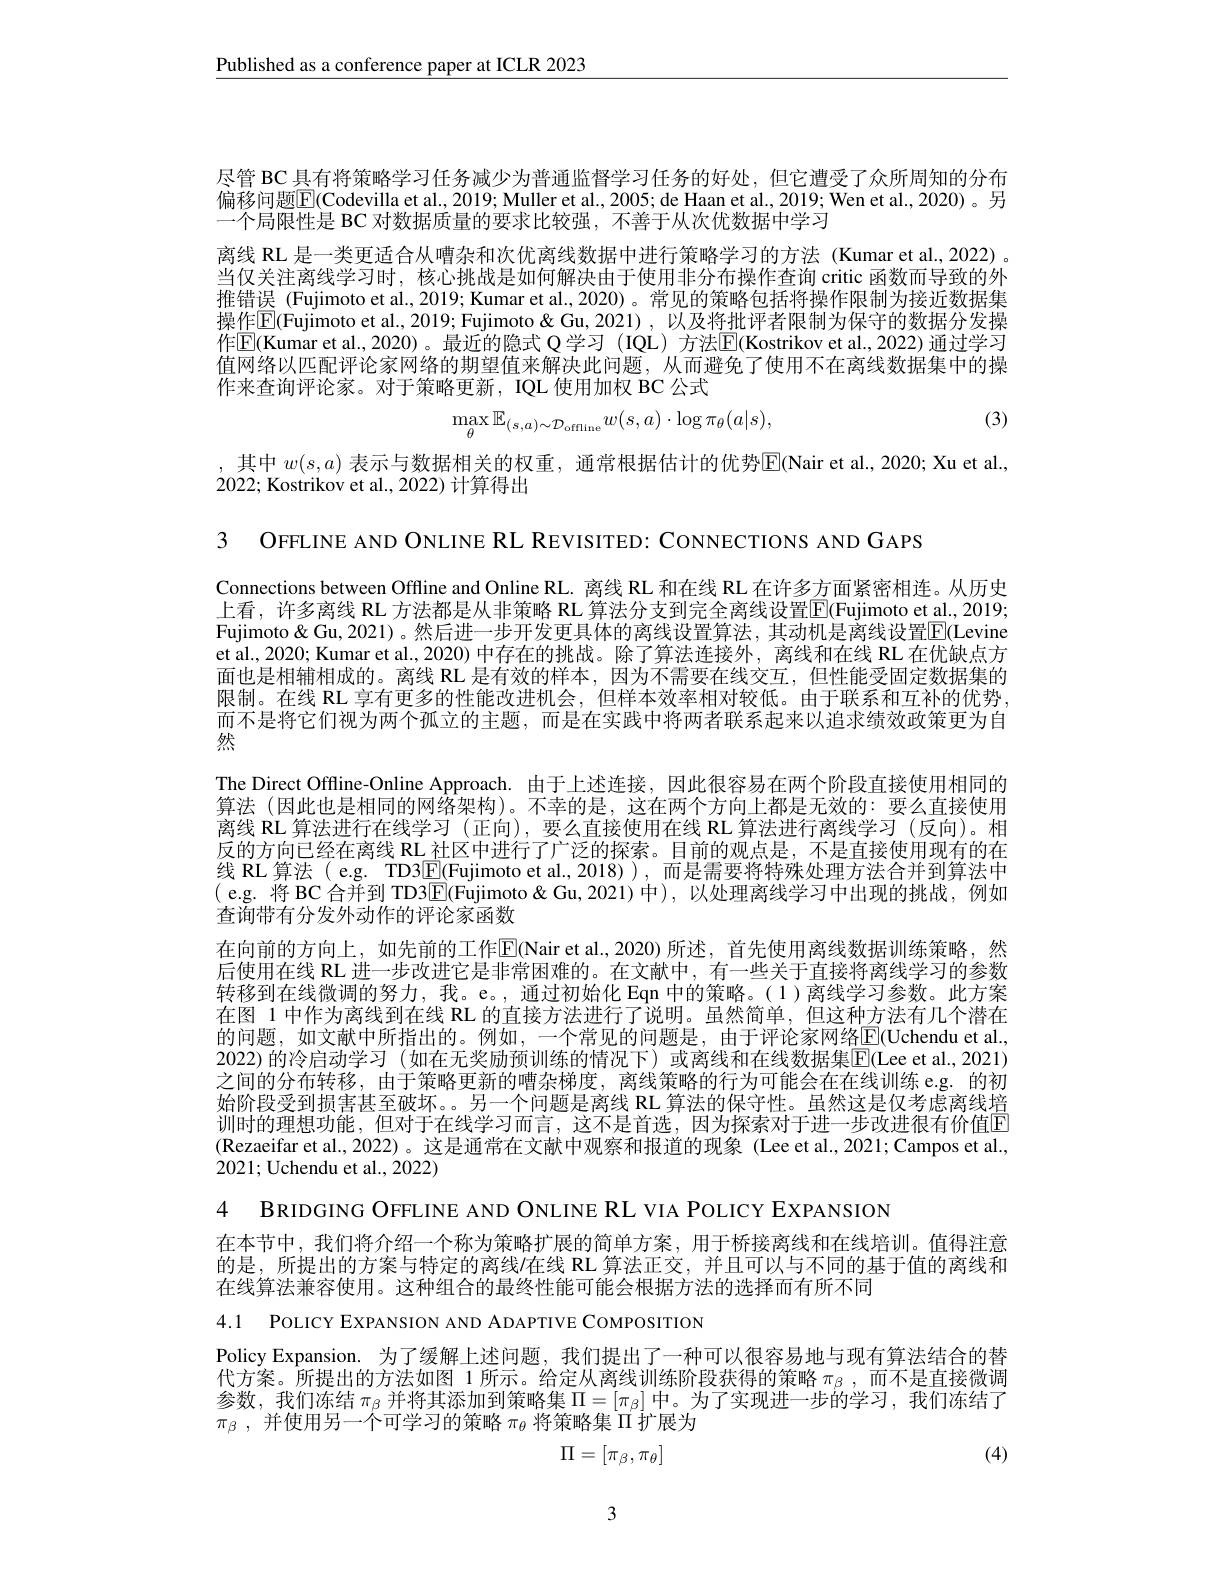
$\underline{\text{Published as a conference paper at ICLR 2023}}$

尽管 BC 具有将策略学习任务减少为普通监督学习任务的好处，但它遭受了众所周知的分布偏移问题$\overline{\mathbb{E}}($Codevilla et al., 2019; Muller et al., 2005; de Haan et al., 2019; Wen et al., 2020)。另一个局限性是 BC 对数据质量的要求比较强，不善于从次优数据中学习

离线 RL 是一类更适合从嘈杂和次优离线数据中进行策略学习的方法 (Kumar et al.,2022) 。当仅关注离线学习时，核心挑战是如何解决由于使用非分布操作查询 critic 函数而导致的外推错误 (Fujimoto et al., 2019; Kumar et al., 2020)。常见的策略包括将操作限制为接近数据集操作$\overline{\mathbb{E}}($Fujimoto et al., 2019; Fujimoto & Gu, 2021), 以及将批评者限制为保守的数据分发操作$\overline{\mathrm{E}}($Kumar et al.,2020)。最近的隐式 Q 学习(IQL)方法$\overline\mathrm{E}($Kostrikov et al.,2022)通过学习值网络以匹配评论家网络的期望值来解决此问题，从而避免了使用不在离线数据集中的操作来查询评论家。对于策略更新，IQL 使用加权 BC 公式
$$\max_{\theta}\mathbb{E}_{(s,a)\sim\mathcal{D}_{\mathrm{offline}}}w(s,a)\cdot\log\pi_{\theta}(a|s),$$
(3)

其中 $w(s,a)$ 表示与数据相关的权重，通常根据估计的优势$\overline{\mathrm{E}}$(Nair et al.,2020; Xu et al.,
2022; Kostrikov et al., 2022) 计算得出

3 OFFLINE AND ONLINE RL REVISITED: CONNECTIONS AND GAPS

Connections between Offline and Online RL.离线 RL 和在线 RL 在许多方面紧密相连。从历史上看，许多离线 RL 方法都是从非策略 RL 算法分支到完全离线设置$\boxed{\mathrm{E}}($Fujimoto et al., 2019; Fujimoto & Gu, 2021) 。然后进一步开发更具体的离线设置算法，其动机是离线设置$\mathbb{E}($Levine et al., 2020; Kumar et al., 2020) 中存在的挑战。除了算法连接外，离线和在线 RL 在优缺点方面也是相辅相成的。离线 RL 是有效的样本，因为不需要在线交互，但性能受固定数据集的限制。在线 RL 享有更多的性能改进机会，但样本效率相对较低。由于联系和互补的优势， 而不是将它们视为两个孤立的主题，而是在实践中将两者联系起来以追求绩效政策更为自然
The Direct Offline-Online Approach. 由于上述连接，因此很容易在两个阶段直接使用相同的算法 (因此也是相同的网络架构)。不幸的是，这在两个方向上都是无效的：要么直接使用离线 RL 算法进行在线学习 (正向),要么直接使用在线 RL 算法进行离线学习 (反向)。相反的方向已经在离线 RL 社区中进行了广泛的探索。目前的观点是，不是直接使用现有的在线 RL 算法 ( e.g. TD3$\boxed{\mathrm{E}}($Fujimoto et al.,2018)), 而是需要将特殊处理方法合并到算法中( e. g. 将 BC 合 并 到 TD3E( Fujimoto$\ $ Gu, 2021) 中 ) , 以 处 理 离 线 学 习 中 出 现 的 挑 战 , 例 如 本 为 世 十 八 母 的 一 次 的 评 入 定 已 数查询带有分发外动作的评论家函数
在向前的方向上，如先前的工作$\mathbb{E}($Nair et al.,2020)所述，首先使用离线数据训练策略，然后使用在线 RL 进一步改进它是非常困难的。在文献中，有一些关于直接将离线学习的参数转移到在线微调的努力，我。e。, 通过初始化 Eqn 中的策略。(1)离线学习参数。此方案在图 1 中作为离线到在线 RL 的直接方法进行了说明。虽然简单，但这种方法有几个潜在的问题，如文献中所指出的。例如，一个常见的问题是，由于评论家网络$\underline{\mathrm{E}}($Uchendu et al. 2022)的冷启动学习(如在无奖励预训练的情况下)或离线和在线数据集$\overline{\mathrm{E}}($Lee et al.,2021) 之间的分布转移，由于策略更新的嘈杂梯度，离线策略的行为可能会在在线训练 e.g. 的初始阶段受到损害甚至破坏。。另一个问题是离线 RL 算法的保守性。虽然这是仅考虑离线培训时的理想功能，但对于在线学习而言，这不是首选，因为探索对于进一步改进很有价值回(Rezaeifar et al.,2022)。这是通常在文献中观察和报道的现象(Lee et al.,2021;Campos et al., 2021; Uchendu et al., 2022)

4 BRIDGING OFFLINE AND ONLINE RL VIA POLICY EXPANSION

在本节中，我们将介绍一个称为策略扩展的简单方案，用于桥接离线和在线培训。值得注意的是，所提出的方案与特定的离线/在线 RL 算法正交，并且可以与不同的基于值的离线和在线算法兼容使用。这种组合的最终性能可能会根据方法的选择而有所不同

4.1 POLICY EXPANSION AND ADAPTIVE COMPOSITION

Policy Expansion. 为了缓解上述问题，我们提出了一种可以很容易地与现有算法结合的替代方案。所提出的方法如图 1 所示。给定从离线训练阶段获得的策略$\pi_{\beta}$ ,而不是直接微调参数，我们冻结$\pi_\beta$并将其添加到策略集$\Pi=[\pi_\beta]$中。为了实现进一步的学习，我们冻结了$\pi_\beta$ ,并使用另一个可学习的策略$\pi_\theta$将策略集$\Pi$扩展为
$$\Pi=[\pi_\beta,\pi_\theta]$$
(4)

3